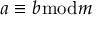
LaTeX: a \equiv b { \bmod { m } }